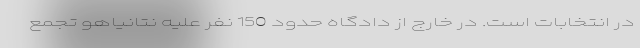
در انتخابات است. در خارج از دادگاه حدود 150 نفر علیه نتانیاهو تجمع